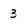
Character: 3